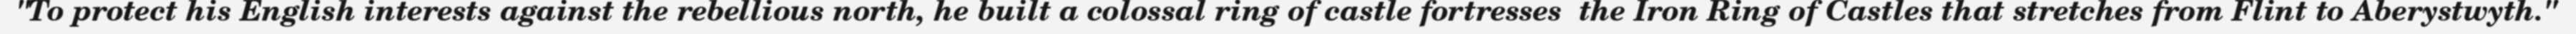
"To protect his English interests against the rebellious north, he built a colossal ring of castle fortresses  the Iron Ring of Castles that stretches from Flint to Aberystwyth."